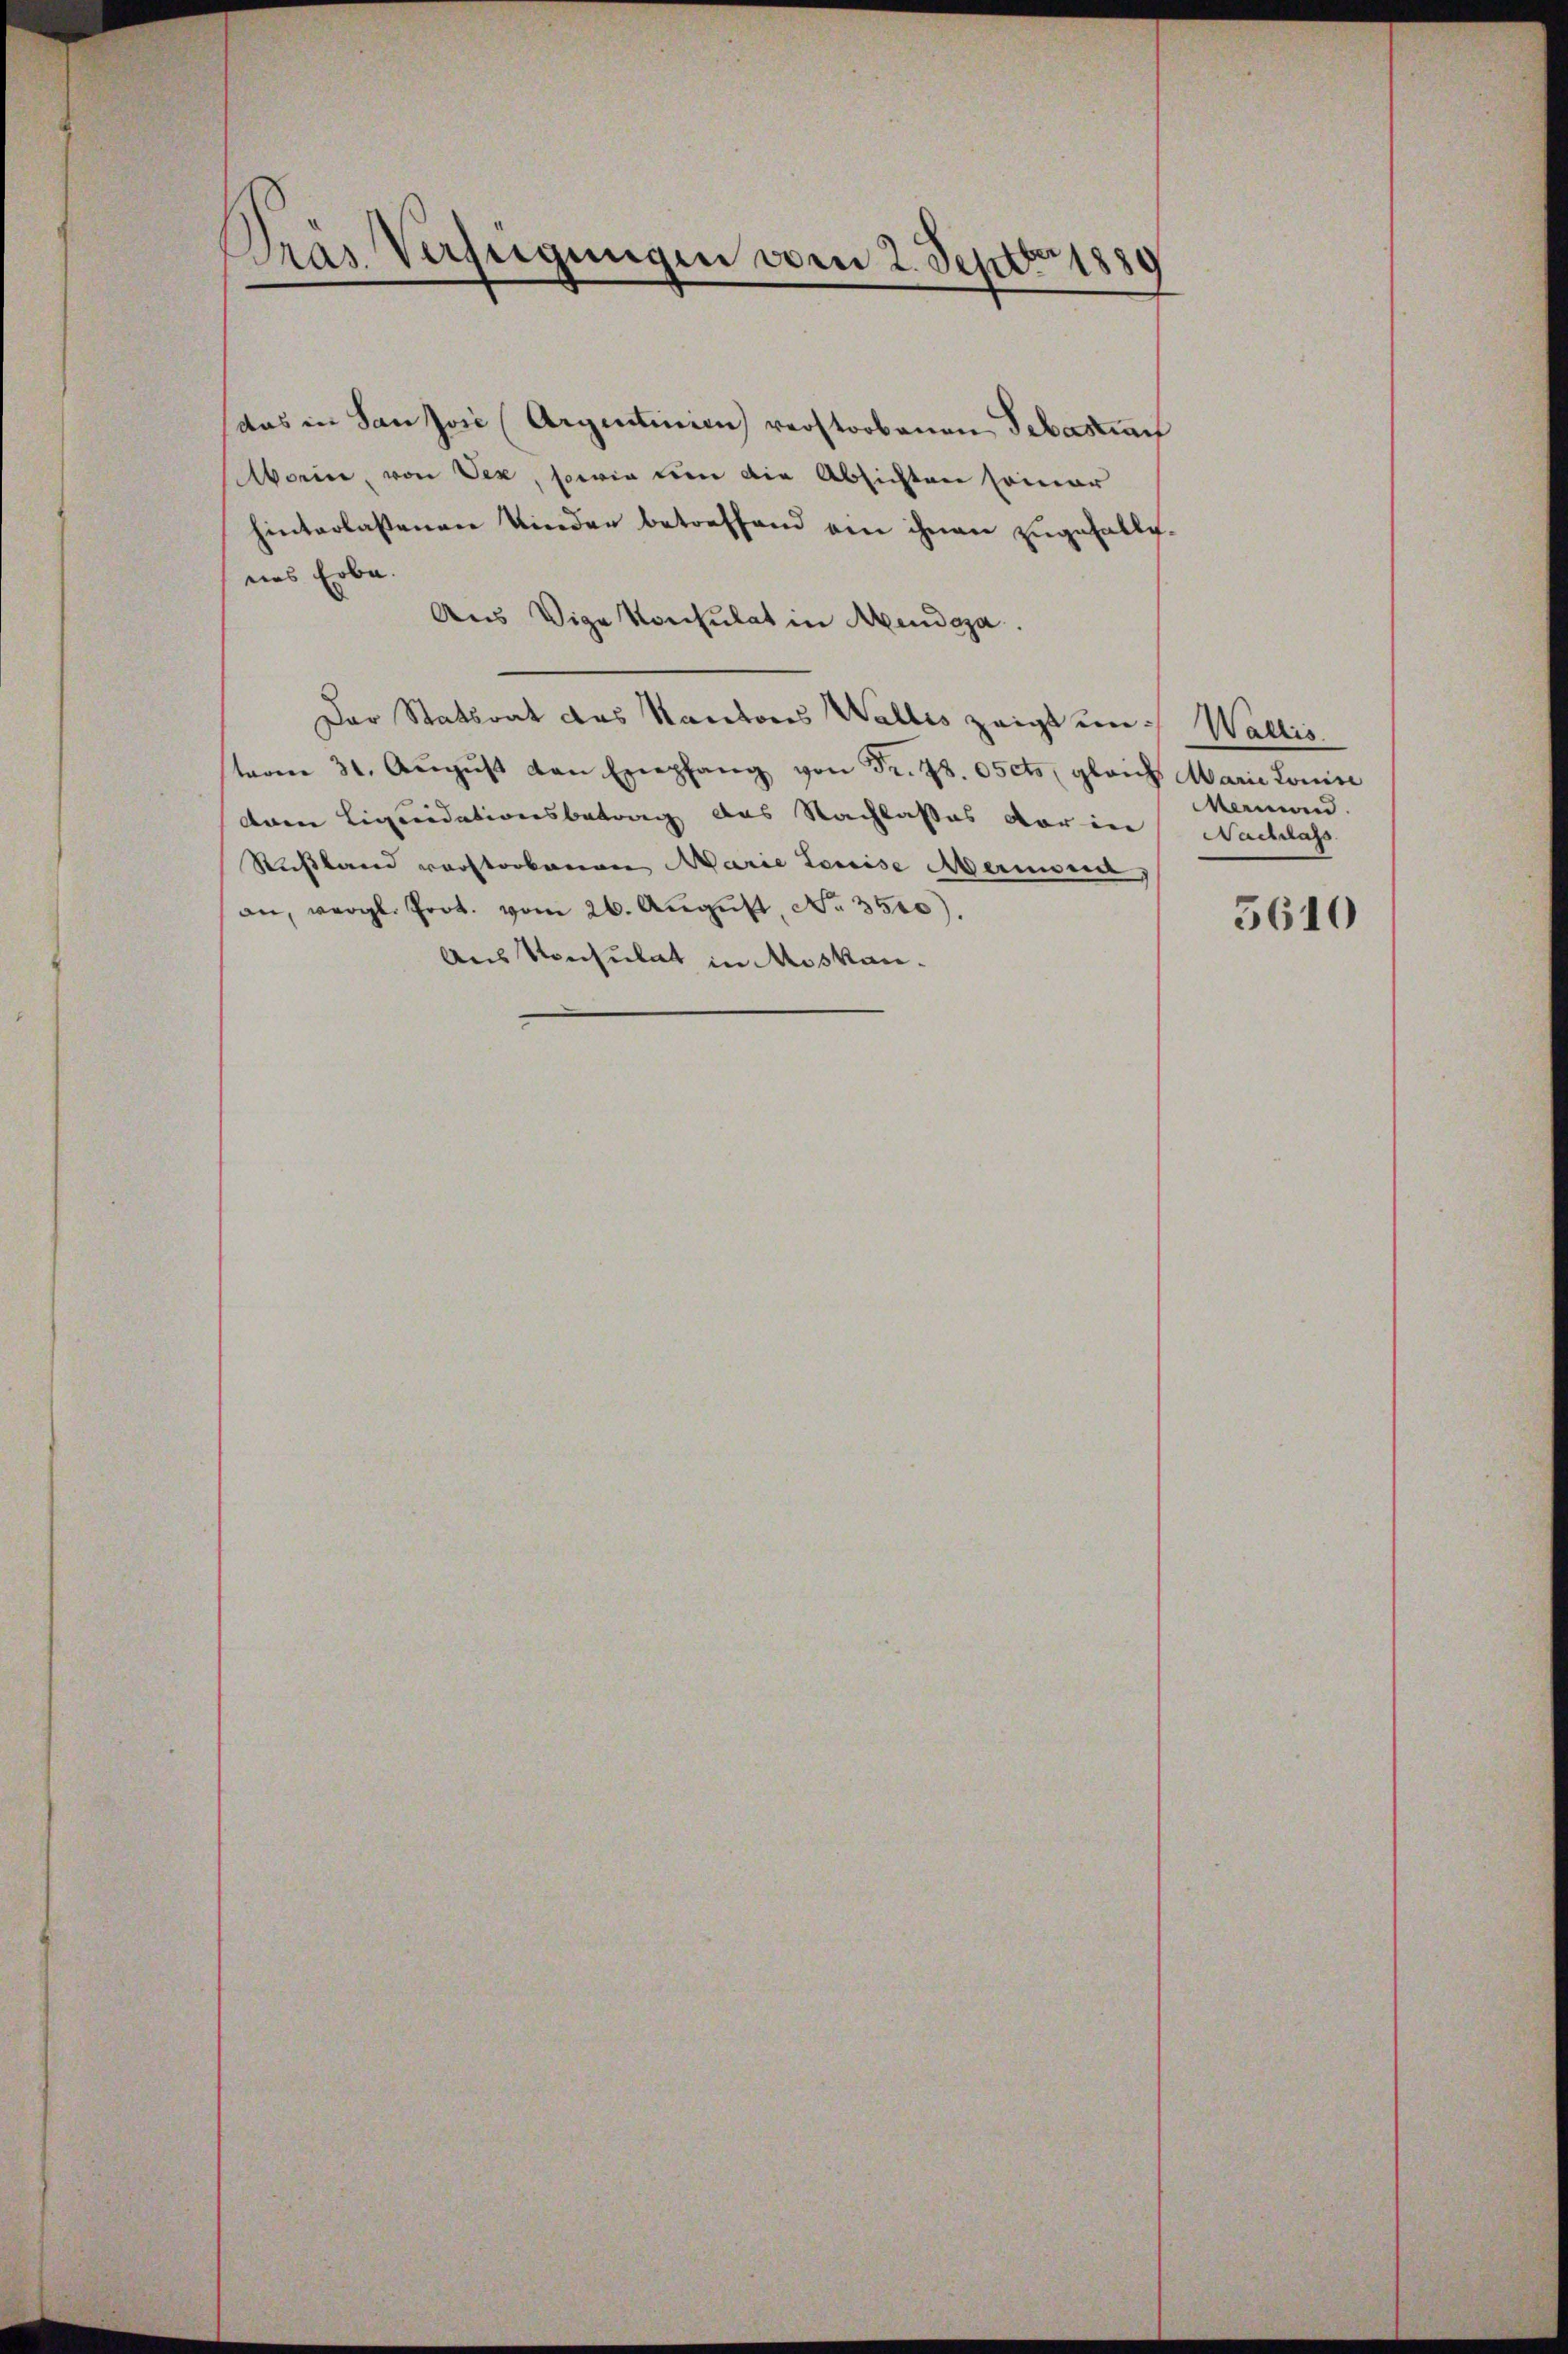
Gras Verfügungen vom 2. Septbr 1889

(das in Sanzvić (Argentinien) verstorbenen Sebastian
Aorin, von Vex, sowie um die Absichten seiner
hinterlassenen Kinder betreffend ein ihnen zugefalle.
nas Erbe.
Aus Vige Konsulat in Aendesa
Der Statsrat des Kantons Wallis zeigt und Wallis
term 31. Aŭgŭst den Exepfang von Fr. 78. Oscts, gleich Marie Louise
dren Liquidationsbetrag des Nachlasses der in Nachlass
Russland verstorbenen Marie Louise Marmona
an, vergl. Prot. vom 26. Aŭgŭst No. 3510).
Aus Konsulat in Moskau¬

Manien.

5610